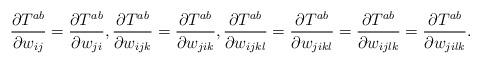
LaTeX: \begin{align*}\frac{\partial T^{ab}}{\partial w_{ij}}=\frac{\partial T^{ab}}{\partial w_{ji}},\frac{\partial T^{ab}}{\partial w_{ijk}}=\frac{\partial T^{ab}}{\partial w_{jik}},\frac{\partial T^{ab}}{\partial w_{ijkl}}=\frac{\partial T^{ab}}{\partial w_{jikl}}=\frac{\partial T^{ab}}{\partial w_{ijlk}}=\frac{\partial T^{ab}}{\partial w_{jilk}}.\end{align*}